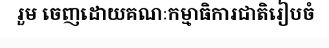
រួម ចេញដោយគណៈកម្មាធិការជាតិរៀបចំ